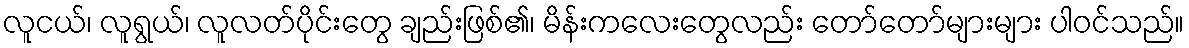
လူငယ်၊ လူရွယ်၊ လူလတ်ပိုင်းတွေ ချည်းဖြစ်၏၊ မိန်းကလေးတွေလည်း တော်တော်များများ ပါဝင်သည်။